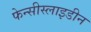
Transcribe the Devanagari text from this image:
फेन्सीस्लाइडीन